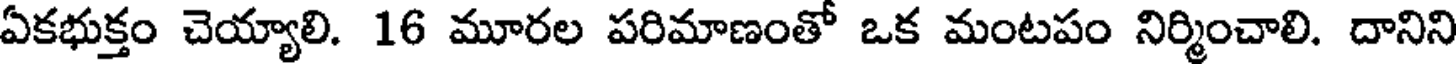
ఏకభుక్తం చెయ్యాలి. 16 మూరల పరిమాణంతో ఒక మంటపం నిర్మించాలి. దానిని